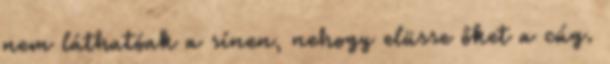
nem láthatóak a sínen, nehogy elüsse őket a cúg.